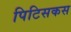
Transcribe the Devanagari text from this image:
पिटिसकस